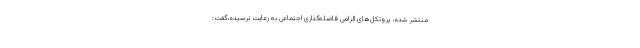
منتشر شده، پروتکل‌های الزامی فاصله‌گذاری اجتماعی به رعایت نرسیده،گفت: